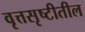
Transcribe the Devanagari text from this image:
वृत्तसृष्टीतील